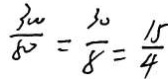
\frac { 3 0 0 } { 8 0 } = \frac { 3 0 } { 8 } = \frac { 1 5 } { 4 }